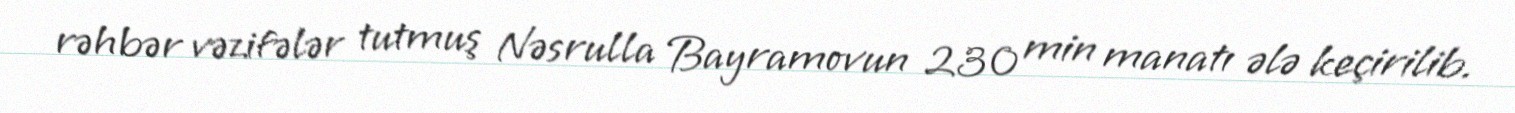
rəhbər vəzifələr tutmuş Nəsrulla Bayramovun 230 min manatı ələ keçirilib.